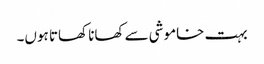
بہت خاموشی سے کھانا کھاتا ہوں۔